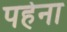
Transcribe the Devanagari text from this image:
पहेना